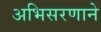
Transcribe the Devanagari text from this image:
अभिसरणाने